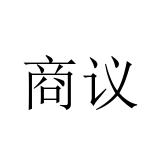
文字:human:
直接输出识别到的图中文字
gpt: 商议